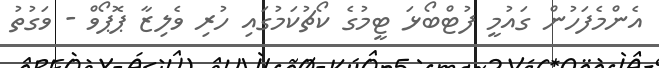
އެންމެފަހުން ގައުމީ ފުޓްބޯޅަ ޓީމުގެ ކޯޗުކަމުގައި ހުރި ވެލިޒާ ޕޮޕޯވް - ވަގުތު